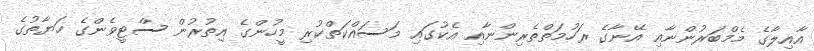
އާއިލާގެ މެމްބަރުންނާއި އޭނާގެ ރަހުމަތްތެރިންނާއި އެކުގައި މަސައްކަތްކުރި މީހުންގެ އިތުރުން ސްޓީވެންގެ ހަޔާތުގެ